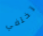
تختفي